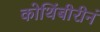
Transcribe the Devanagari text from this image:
कोथिंबीरीनं